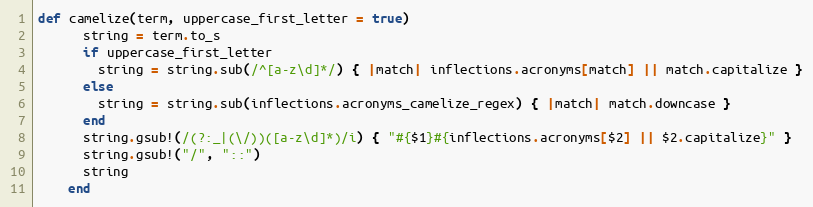
Language: Ruby
def camelize(term, uppercase_first_letter = true)
      string = term.to_s
      if uppercase_first_letter
        string = string.sub(/^[a-z\d]*/) { |match| inflections.acronyms[match] || match.capitalize }
      else
        string = string.sub(inflections.acronyms_camelize_regex) { |match| match.downcase }
      end
      string.gsub!(/(?:_|(\/))([a-z\d]*)/i) { "#{$1}#{inflections.acronyms[$2] || $2.capitalize}" }
      string.gsub!("/", "::")
      string
    end